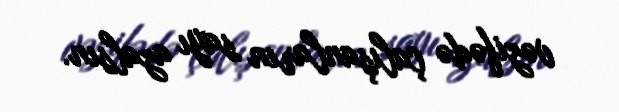
vəzifədə çalışanların sayı azalsın.